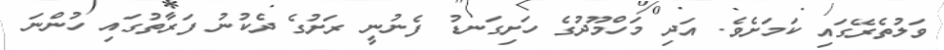
ވަލުތެރޭގައި ކަމަށެވެ. އަދި މަހްމޫދުގެ ހަށިގަނޑު ފެނުނީ ރަށުގެ ދެކުނު ފަރާތުގައި ހުންނަ